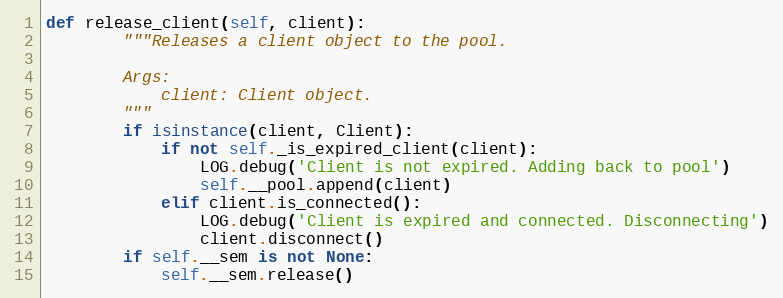
Language: Python
def release_client(self, client):
        """Releases a client object to the pool.

        Args:
            client: Client object.
        """
        if isinstance(client, Client):
            if not self._is_expired_client(client):
                LOG.debug('Client is not expired. Adding back to pool')
                self.__pool.append(client)
            elif client.is_connected():
                LOG.debug('Client is expired and connected. Disconnecting')
                client.disconnect()
        if self.__sem is not None:
            self.__sem.release()